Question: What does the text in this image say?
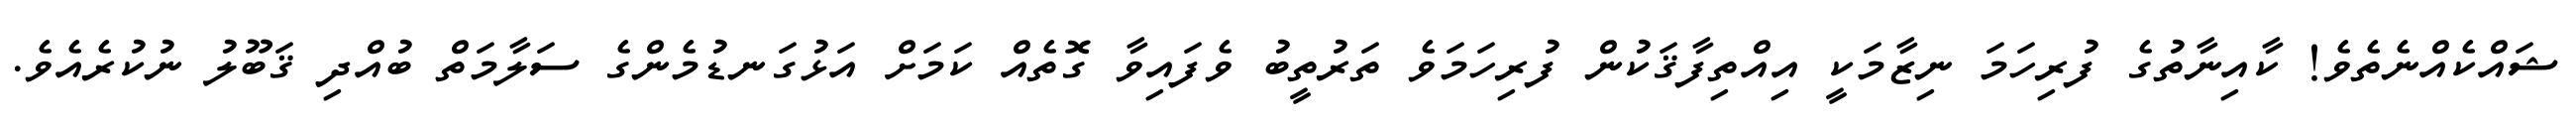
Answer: ޝައްކެއްނެތެވެ! ކާއިނާތުގެ ފުރިހަމަ ނިޒާމަކީ އިއްތިފާޤަކުން ފުރިހަމަވެ ތަރުތީބު ވެފައިވާ ގޮތެއް ކަމަށް އަޅުގަނޑުމެންގެ ސަލާމަތް ބުއްދި ޤަބޫލު ނުކުރެއެވެ.